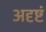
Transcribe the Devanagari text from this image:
अदृष्टं